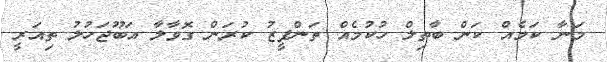
މަނާ ކަމެއް ކަން ބާތިލް ހުކުމެއް ތަންފީޒު ކުރަން ގޮވާލާ އަބޫޖަހުލު ތިއަރީ